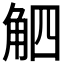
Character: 𧣛